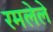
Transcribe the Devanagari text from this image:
रमलेले